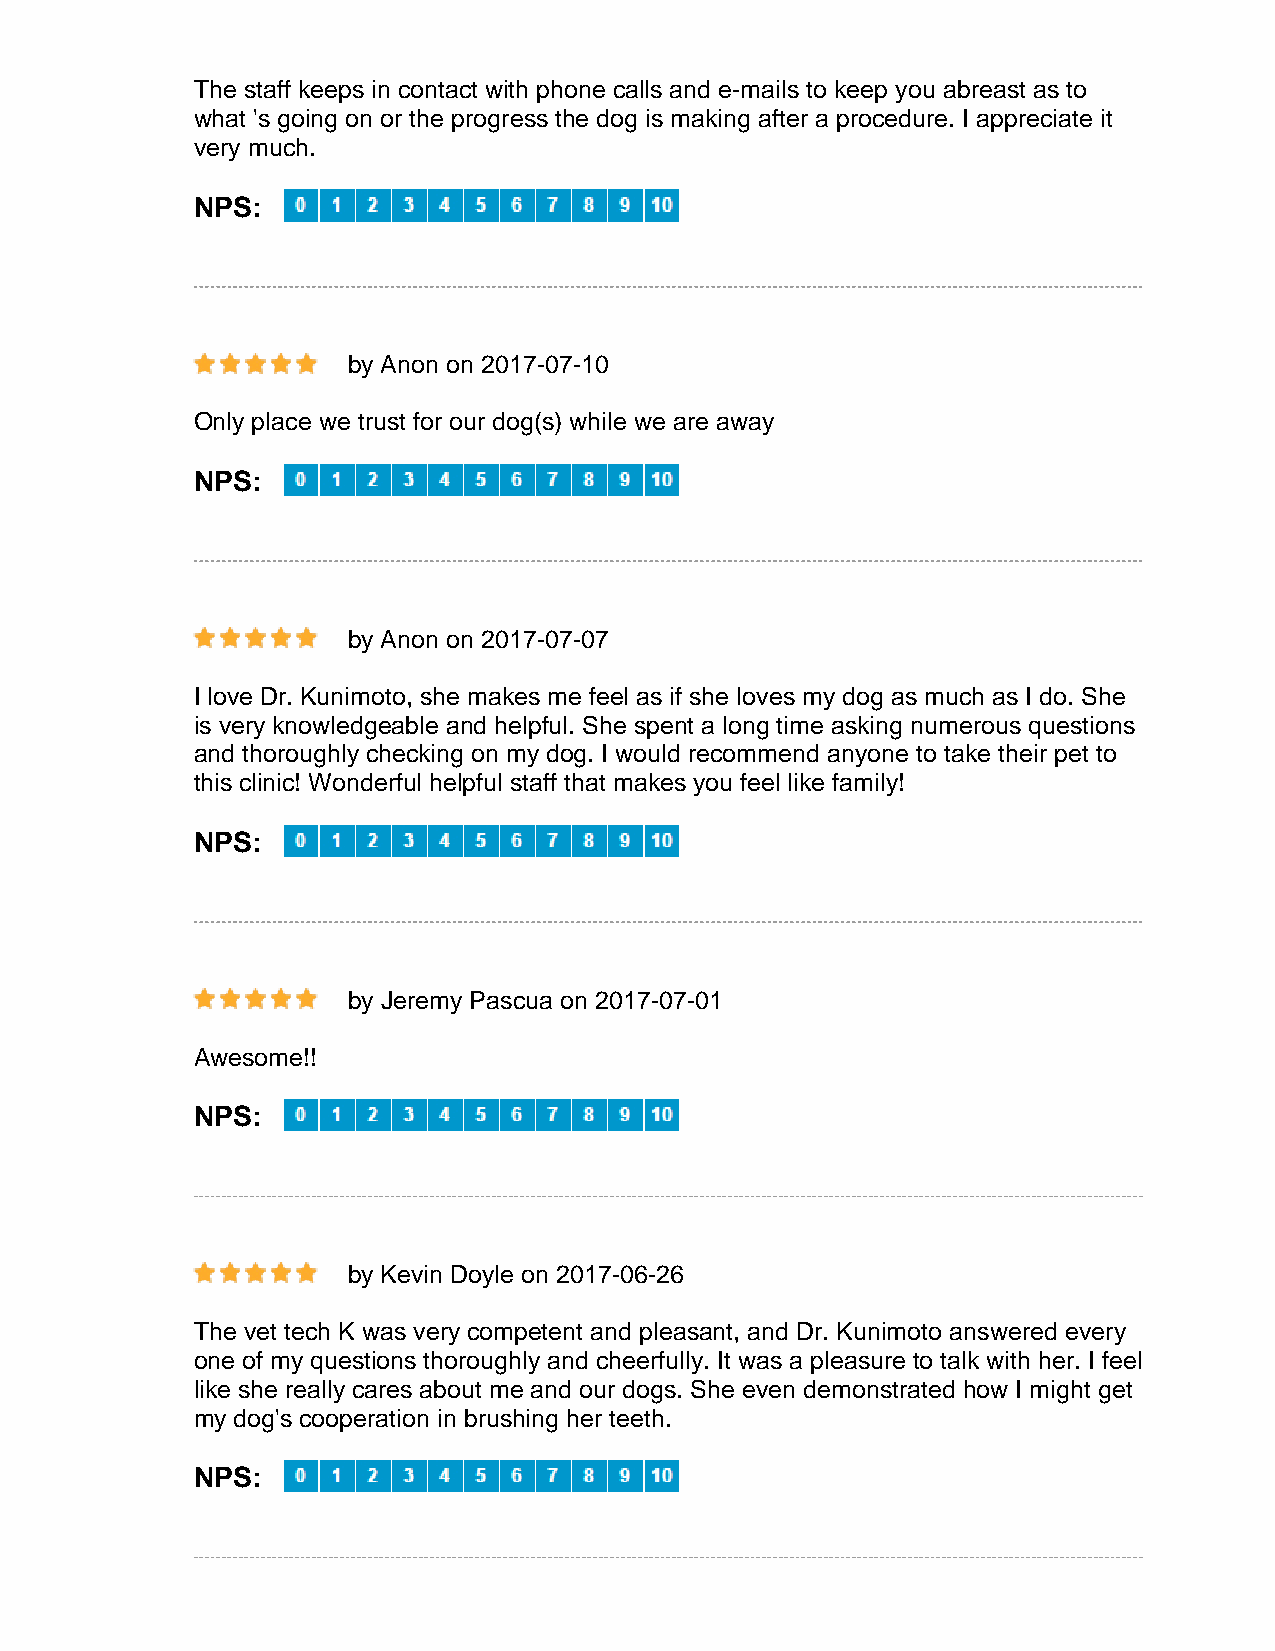
The staff keeps in contact with phone calls and e-mails to keep you abreast as to
 what 's going on or the progress the dog is making after a procedure. I appreciate it
 very much.
 NPS:
 by Anon on 2017-07-10
 Only place we trust for our dog(s) while we are away
 NPS:
 by Anon on 2017-07-07
 I love Dr. Kunimoto, she makes me feel as if she loves my dog as much as I do. She
 is very knowledgeable and helpful. She spent a long time asking numerous questions
 and thoroughly checking on my dog. I would recommend anyone to take their pet to
 this clinic! Wonderful helpful staff that makes you feel like family!
 NPS:
 by Jeremy Pascua on 2017-07-01
 Awesome!!
 NPS:
 by Kevin Doyle on 2017-06-26
 The vet tech K was very competent and pleasant, and Dr. Kunimoto answered every
 one of my questions thoroughly and cheerfully. It was a pleasure to talk with her. I feel
 like she really cares about me and our dogs. She even demonstrated how I might get
 my dog's cooperation in brushing her teeth.
 NPS: